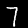
Label: 7